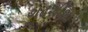
ગઢશીશા